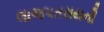
લાજપતરાયની